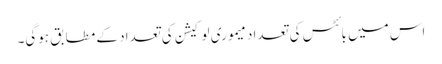
اس میں بائٹس کی تعداد میموری لوکیشن کی تعداد کے مطابق ہوگی۔